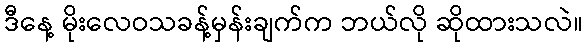
ဒီနေ့ မိုးလေဝသခန့်မှန်းချက်က ဘယ်လို ဆိုထားသလဲ။